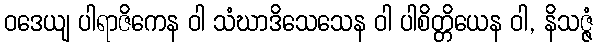
ဝဒေယျ ပါရာဇိကေန ဝါ သံဃာဒိသေသေန ဝါ ပါစိတ္တိယေန ဝါ, နိသဇ္ဇံ